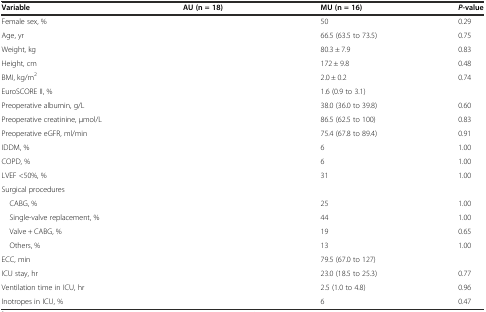
<table><thead><tr><td><b>Variable</b></td><td><b>AU (n = 18)</b></td><td><b>MU (n = 16)</b></td><td><b><i>P</i>-value</b></td></tr></thead><tbody><tr><td>Female sex, %</td><td>[EMPTY_CELL]</td><td>50</td><td>0.29</td></tr><tr><td>Age, yr</td><td>[EMPTY_CELL]</td><td>66.5 (63.5 to 73.5)</td><td>0.75</td></tr><tr><td>Weight, kg</td><td>[EMPTY_CELL]</td><td>80.3 ± 7.9</td><td>0.83</td></tr><tr><td>Height, cm</td><td>[EMPTY_CELL]</td><td>172 ± 9.8</td><td>0.48</td></tr><tr><td>BMI, kg/m<sup>2</sup></td><td>[EMPTY_CELL]</td><td>2.0 ± 0.2</td><td>0.74</td></tr><tr><td>EuroSCORE II, %</td><td>[EMPTY_CELL]</td><td>1.6 (0.9 to 3.1)</td><td>[EMPTY_CELL]</td></tr><tr><td>Preoperative albumin, g/L</td><td>[EMPTY_CELL]</td><td>38.0 (36.0 to 39.8)</td><td>0.60</td></tr><tr><td>Preoperative creatinine, μmol/L</td><td>[EMPTY_CELL]</td><td>86.5 (62.5 to 100)</td><td>0.83</td></tr><tr><td>Preoperative eGFR, ml/min</td><td>[EMPTY_CELL]</td><td>75.4 (67.8 to 89.4)</td><td>0.91</td></tr><tr><td>IDDM, %</td><td>[EMPTY_CELL]</td><td>6</td><td>1.00</td></tr><tr><td>COPD, %</td><td>[EMPTY_CELL]</td><td>6</td><td>1.00</td></tr><tr><td>LVEF &lt;50%, %</td><td>[EMPTY_CELL]</td><td>31</td><td>1.00</td></tr><tr><td>Surgical procedures</td><td>[EMPTY_CELL]</td><td>[EMPTY_CELL]</td><td>[EMPTY_CELL]</td></tr><tr><td> CABG, %</td><td>[EMPTY_CELL]</td><td>25</td><td>1.00</td></tr><tr><td> Single-valve replacement, %</td><td>[EMPTY_CELL]</td><td>44</td><td>1.00</td></tr><tr><td> Valve + CABG, %</td><td>[EMPTY_CELL]</td><td>19</td><td>0.65</td></tr><tr><td> Others, %</td><td>[EMPTY_CELL]</td><td>13</td><td>1.00</td></tr><tr><td>ECC, min</td><td>[EMPTY_CELL]</td><td>79.5 (67.0 to 127)</td><td>[EMPTY_CELL]</td></tr><tr><td>ICU stay, hr</td><td>[EMPTY_CELL]</td><td>23.0 (18.5 to 25.3)</td><td>0.77</td></tr><tr><td>Ventilation time in ICU, hr</td><td>[EMPTY_CELL]</td><td>2.5 (1.0 to 4.8)</td><td>0.96</td></tr><tr><td>Inotropes in ICU, %</td><td>[EMPTY_CELL]</td><td>6</td><td>0.47</td></tr></tbody></table>